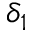
\delta _ { 1 }